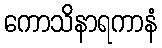
ကောသိနာရကာနံ